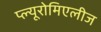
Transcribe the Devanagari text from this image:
प्ल्यूरोमिएलीज